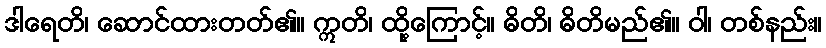
ဒါရေတိ၊ ဆောင်ထားတတ်၏။ ဣတိ၊ ထို့ကြောင့်။ ဓိတိ၊ ဓိတိမည်၏။ ဝါ၊ တစ်နည်း။